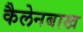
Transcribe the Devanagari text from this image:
कैलेनबाख